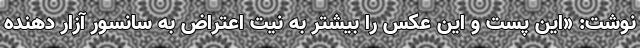
نوشت: «این پست و این عکس را بیشتر به نیت اعتراض به سانسور آزار دهنده